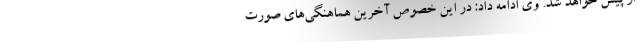
از پیش خواهد شد. وی ادامه داد: در این خصوص آخرین هماهنگی‌های صورت